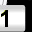
Digit: 1